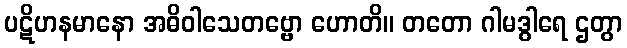
ပဋိဟနမာနော အဓိဝါသေတဗ္ဗော ဟောတိ။ တတော ဂါမဒွါရေ ဌတွာ